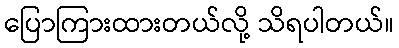
ပြောကြားထားတယ်လို့ သိရပါတယ်။